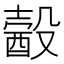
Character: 𣫈